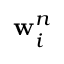
\mathbf { w } _ { i } ^ { n }